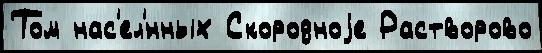
Том нас'ел'́нных Скородноjе Растворово